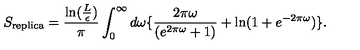
S _ { \mathrm { r e p l i c a } } = { \frac { \mathrm { l n } ( { \frac { L } { \epsilon } } ) } { \pi } } \int _ { 0 } ^ { \infty } d \omega \{ { \frac { 2 \pi \omega } { ( e ^ { 2 \pi \omega } + 1 ) } } + \mathrm { l n } ( 1 + e ^ { - 2 \pi \omega } ) \} .